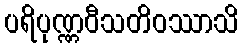
ပရိပုဏ္ဏဝီသတိဝဿာသိ